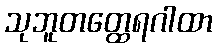
သုဘူတတ္ထေရဂါထာ